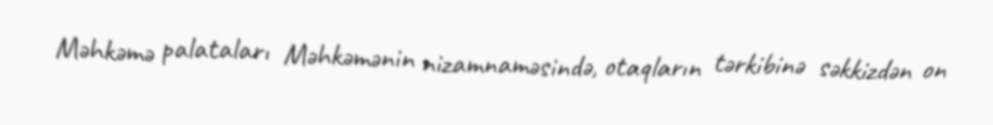
Məhkəmə palataları Məhkəmənin nizamnaməsində, otaqların tərkibinə səkkizdən on